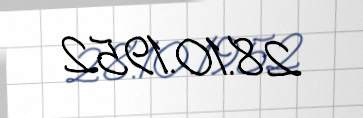
28.10.1952